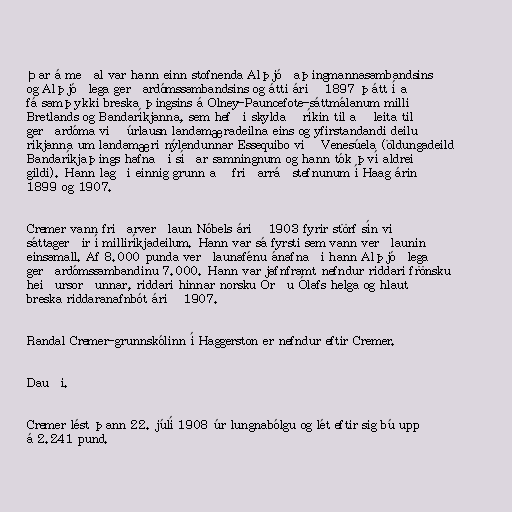
Þar á meðal var hann einn stofnenda Alþjóðaþingmannasambandsins
og Alþjóðlega gerðardómssambandsins og átti árið 1897 þátt í að
fá samþykki breska þingsins á Olney-Pauncefote-sáttmálanum milli
Bretlands og Bandaríkjanna, sem hefði skyldað ríkin til að leita til
gerðardóma við úrlausn landamæradeilna eins og yfirstandandi deilu
ríkjanna um landamæri nýlendunnar Essequibo við Venesúela (öldungadeild
Bandaríkjaþings hafnaði síðar samningnum og hann tók því aldrei
gildi). Hann lagði einnig grunn að friðarráðstefnunum í Haag árin
1899 og 1907.

Cremer vann friðarverðlaun Nóbels árið 1903 fyrir störf sín við
sáttagerðir í milliríkjadeilum. Hann var sá fyrsti sem vann verðlaunin
einsamall. Af 8.000 punda verðlaunafénu ánafnaði hann Alþjóðlega
gerðardómssambandinu 7.000. Hann var jafnframt nefndur riddari frönsku
heiðursorðunnar, riddari hinnar norsku Orðu Ólafs helga og hlaut
breska riddaranafnbót árið 1907.

Randal Cremer-grunnskólinn í Haggerston er nefndur eftir Cremer.

Dauði.

Cremer lést þann 22. júlí 1908 úr lungnabólgu og lét eftir sig bú upp
á 2.241 pund.